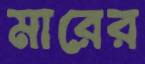
মারের